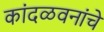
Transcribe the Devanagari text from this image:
कांदळवनांचे